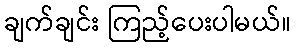
ချက်ချင်း ကြည့်ပေးပါမယ်။